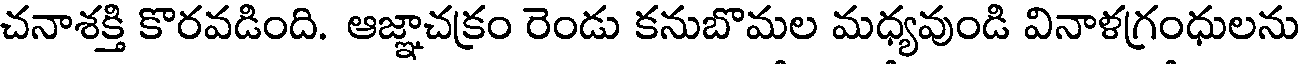
చనాశక్తి కొరవడింది. ఆజ్ఞాచక్రం రెండు కనుబొమల మధ్యవుండి వినాళగ్రంధులను